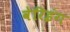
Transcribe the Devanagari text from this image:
वेरिइंग